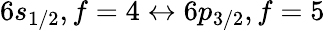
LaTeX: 6s_{1/2},f=4\leftrightarrow 6p_{3/2},f=5